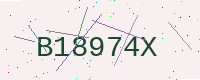
Text: B18974X